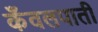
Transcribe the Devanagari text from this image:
कँवलपाती